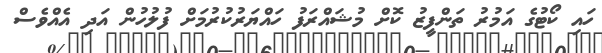
ހައި ކޯޓުގެ އަމުރު ތަންފީޒު ކޮށް މުޝައްރަފު ހައްޔަރުކުރުމަށް ފުލުހުން އަދި އެއްވެސް